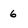
Character: 6